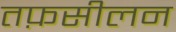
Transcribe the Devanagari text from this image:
तफ़सीलन